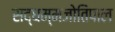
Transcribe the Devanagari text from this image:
सद्धम्मजोतिपाल